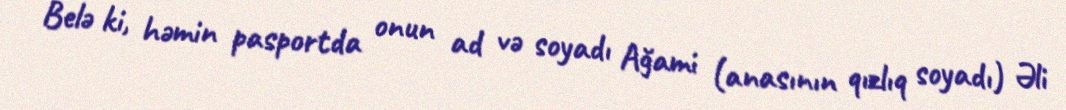
Belə ki, həmin pasportda onun ad və soyadı Ağami (anasının qızlıq soyadı) Əli